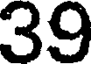
39